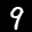
Label: 9